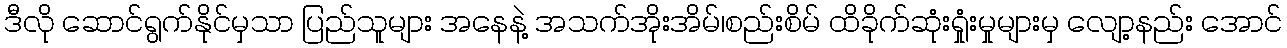
ဒီလို ဆောင်ရွက်နိုင်မှသာ ပြည်သူများ အနေနဲ့ အသက်အိုးအိမ်၊စည်းစိမ် ထိခိုက်ဆုံးရှုံးမှုများမှ လျော့နည်း အောင်